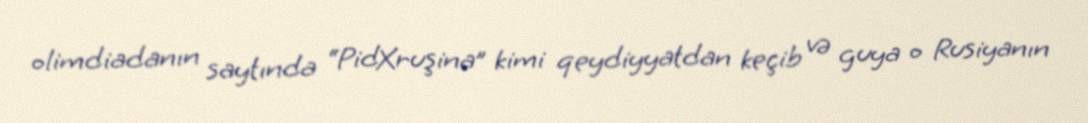
olimdiadanın saytında “PidXruşina” kimi qeydiyyatdan keçib və guya o Rusiyanın